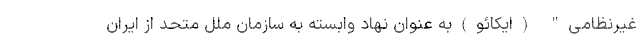
غیرنظامی" (ایکائو)به عنوان نهاد وابسته به سازمان ملل متحد از ایران